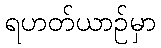
ရဟတ်ယာဉ်မှာ